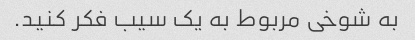
به شوخی مربوط به یک سیب فکر کنید.